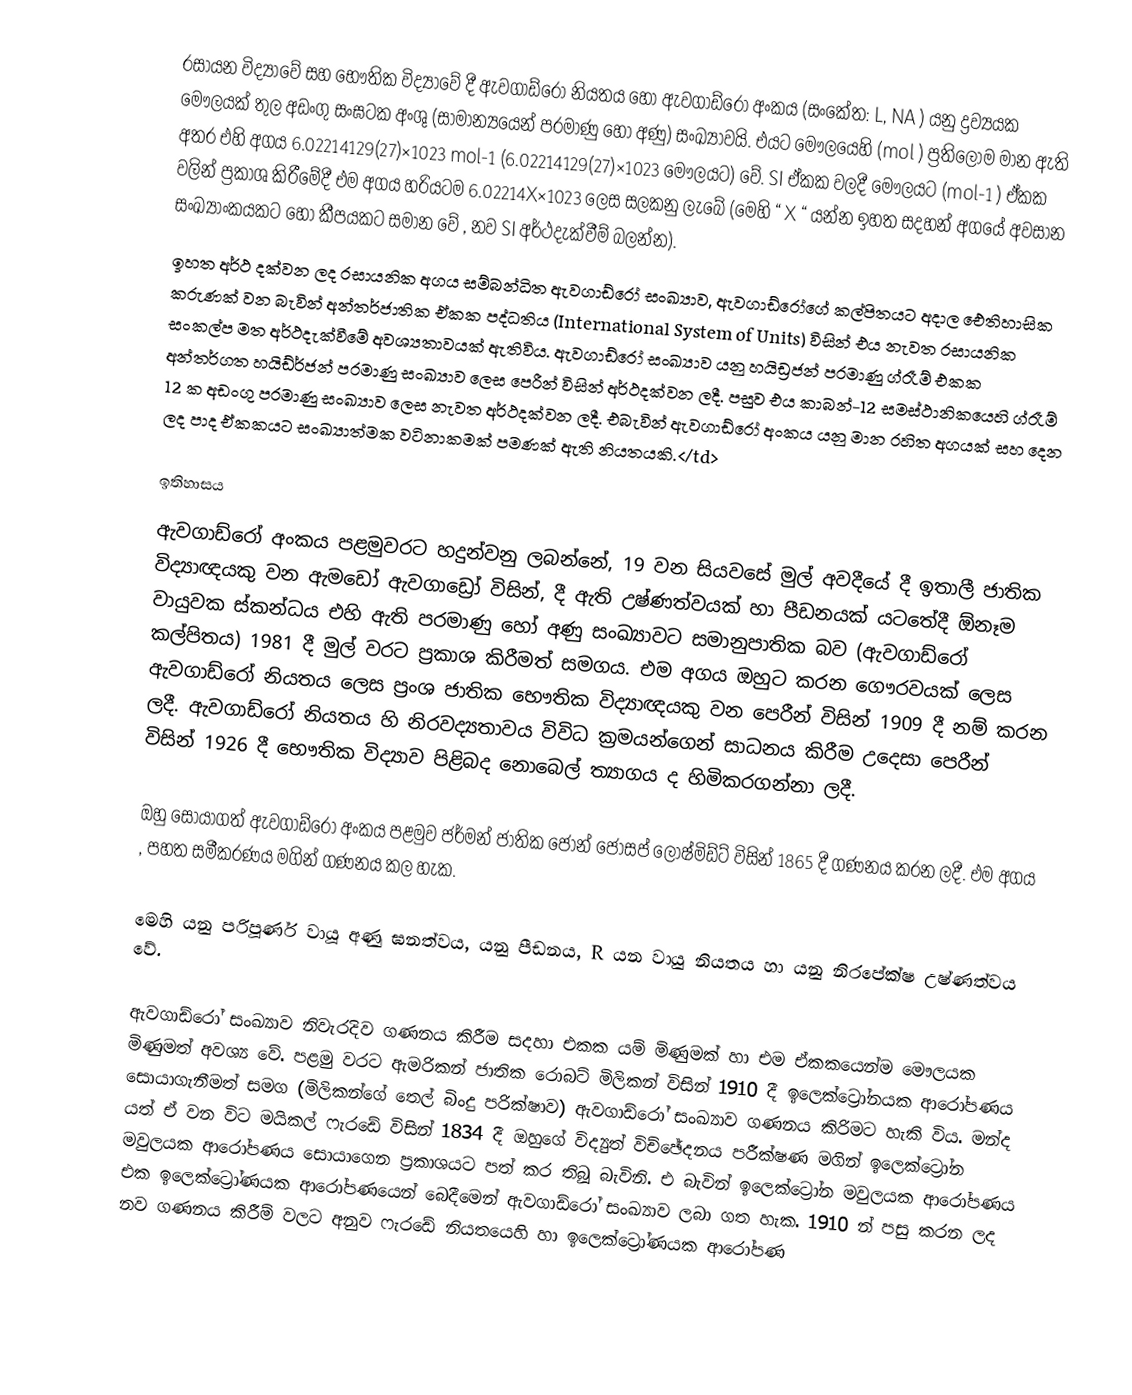
රසායන විද්‍යාවේ සහ භෞතික විද්‍යාවේ දී ඇවගාඩ්රෝ නියතය හෝ ඇවගාඩ්රෝ අංකය (සංකේත: L, NA ) යනු ද්‍රව්‍යයක මෞලයක් තුල අඩංගු සංඝටක අංශු (සාමාන්‍යයෙන් පරමාණු හෝ අණු) සංඛ්‍යාවයි. එයට මෞලයෙහි (mol ) ප්‍රතිලෝම මාන ඇති අතර එහි අගය 6.02214129(27)×1023 mol-1 (6.02214129(27)×1023 මෞලයට) වේ. SI ඒකක වලදී මෞලයට (mol-1 ) ඒකක වලින් ප්‍රකාශ කිරීමේදී එම අගය හරියටම 6.02214X×1023 ලෙස සලකනු ලැබේ (මෙහි “ X “ යන්න ඉහත සදහන් අගයේ අවසාන සංඛ්‍යාංකයකට හෝ කීපයකට සමාන වේ , නව SI අර්ථදැක්වීම් බලන්න).
ඉහත අර්ථ දක්වන ලද රසායනික අගය සම්බන්ධිත ඇවගාඩ්රෝ සංඛ්‍යාව, ඇවගාඩ්රෝගේ කල්පිතයට අදාල ඓතිහාසික කරුණක් වන බැවින් අන්තර්ජාතික ඒකක පද්ධතිය (International System of Units) විසින් එය නැවත රසායනික සංකල්ප මත අර්ථදැක්වීමේ අවශ්‍යතාවයක් ඇතිවිය. ඇවගාඩ්රෝ සංඛ්‍යාව යනු හයිඩ්‍රජන් පරමාණු ග්රෑම් එකක අන්තර්ගත හයිඩ්ර්ජන් පරමාණු සංඛ්‍යාව ලෙස  පෙරීන් විසින් අර්ථදක්වන ලදී. පසුව එය කාබන්-12 සමස්ථානිකයෙහි ග්රෑම් 12 ක අඩංගු පරමාණු සංඛ්‍යාව ලෙස නැවත අර්ථදක්වන ලදී. එබැවින් ඇවගාඩ්රෝ අංකය යනු මාන රහිත අගයක් සහ දෙන ලද පාද ඒකකයට සංඛ්‍යාත්මක වටිනාකමක් පමණක් ඇති නියතයකි.</td>

ඉතිහාසය
ඇවගාඩ්රෝ අංකය පළමුවරට හදුන්වනු ලබන්නේ, 19 වන සියවසේ මුල් අවදීයේ දී ඉතාලී ජාතික විද්‍යාඥයකු වන ඇමඩෝ ඇවගාඩ්‍රෝ විසින්, දී ඇති උෂ්ණත්වයක් හා පීඩනයක් යටතේදී ඕනෑම වායුවක ස්කන්ධය එහි ඇති පරමාණු හෝ අණු සංඛ්‍යාවට සමානුපාතික බව (ඇවගාඩ්රෝ කල්පිතය) 1981 දී මුල් වරට ප්‍රකාශ කිරීමත් සමගය. එම අගය ඔහුට කරන ගෞරවයක් ලෙස ඇවගාඩ්රෝ නියතය ලෙස ප්‍රංශ ජාතික භෞතික විද්‍යාඥයකු වන පෙරීන් විසින් 1909 දී නම් කරන ලදී. ඇවගාඩ්රෝ නියතය හි නිරවද්‍යතාවය විවිධ ක්‍රමයන්ගෙන් සාධනය කිරීම උදෙසා පෙරීන් විසින් 1926 දී භෞතික විද්‍යාව පිළිබද නොබෙල් ත්‍යාගය ද හිමිකරගන්නා ලදී.

ඔහු සොයාගත් ඇවගාඩ්රෝ අංකය පළමුව ජර්මන් ජාතික ජෝන් ජෝසප් ලෝෂ්මිඩ්ට් විසින් 1865 දී ගණනය කරන ලදී. එම අගය , පහත සමීකරණය මගින් ගණනය කල හැක.

මෙහි   යනු පරිපූර්ණ වායූ අණු ඝනත්වය,  යනු පීඩනය, R යන වායු නියතය හා  යනු නිරපේක්ෂ උෂ්ණත්වය වේ.

ඇවගාඩ්රෝ සංඛ්‍යාව නිවැරදිව ගණනය කිරීම සදහා එකක යම් මිණුමක් හා එම ඒකකයෙන්ම මෞලයක මිණුමත් අවශ්‍ය වේ. පළමු වරට ඇමරිකන් ජාතික රොබට් මිලිකන් විසින් 1910 දී ඉලෙක්ට්‍රෝනයක ආරෝපණය සොයාගැනීමත් සමග (මිලිකන්ගේ තෙල් බිංදු පරික්ෂාව) ඇවගාඩ්රෝ සංඛ්‍යාව ගණනය කිරිමට හැකි විය. මන්ද යත් ඒ වන විට   මයිකල් ෆැරඩේ විසින් 1834 දී  ඔහුගේ විද්‍යුත් විච්ඡේදනය පරීක්ෂණ මගින් ඉලෙක්ට්‍රෝන මවුලයක ආරෝපණය සොයාගෙන ප්‍රකාශයට පත් කර තිබූ බැවිනි. එ බැවින් ඉලෙක්ට්‍රෝන මවුලයක ආරෝපණය එක ඉලෙක්ට්‍රෝණයක ආරෝපණයෙන් බෙදීමෙන් ඇවගාඩ්රෝ සංඛ්‍යාව ලබා ගත හැක. 1910 න් පසු කරන ලද නව ගණනය කිරීම් වලට අනුව ෆැරඩේ නියතයෙහි හා ඉලෙක්ට්‍රෝණයක ආරෝපණ